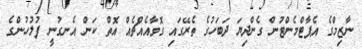
ނާޒިމްގެ އެޕާޓްމެންޓުން ގެންދިޔަ ދަބަހުގެ ތެރޭގައި ގޮވާއެއްޗެއް އޮތް ކަން އެނގުނީ ފުލުހުންގެ